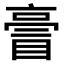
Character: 𠅿